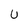
Character: U